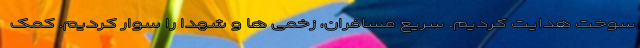
سوخت هدایت کردیم. سریع مسافران، زخمی ها و شهدا را سوار کردیم. کمک